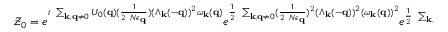
{ \mathcal { Z } } _ { 0 } = e ^ { i \mathrm { ~ } \sum _ { { \bf { k } } , { \bf { q } } \neq 0 } U _ { 0 } ( { \bf { q } } ) ( \frac { 1 } { 2 \mathrm { ~ } N \epsilon _ { { \bf { q } } } } ) ( \Lambda _ { { \bf { k } } } ( - { \bf { q } } ) ) ^ { 2 } \omega _ { { \bf { k } } } ( { \bf { q } } ) } e ^ { \frac { 1 } { 2 } \mathrm { ~ } \sum _ { { \bf { k } } , { \bf { q } } \neq 0 } ( \frac { 1 } { 2 \mathrm { ~ } N \epsilon _ { { \bf { q } } } } ) ^ { 2 } ( \Lambda _ { { \bf { k } } } ( - { \bf { q } } ) ) ^ { 2 } ( \omega _ { { \bf { k } } } ( { \bf { q } } ) ) ^ { 2 } } e ^ { \frac { 1 } { 2 } \mathrm { ~ } \sum _ { { \bf { k } } , { \bf { q } } \neq 0 } ( U _ { 0 } ( { \bf { q } } ) ) ^ { 2 } ( \Lambda _ { { \bf { k } } } ( - { \bf { q } } ) ) ^ { 2 } }